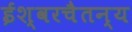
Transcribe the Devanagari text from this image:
ईश्वरचैतन्य